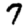
Digit: 7